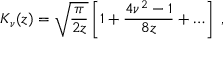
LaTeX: K _ { \nu } ( z ) = \sqrt { \frac { \pi } { 2 z } } \left[ 1 + \frac { 4 \nu ^ { 2 } - 1 } { 8 z } + \ldots \right] \; ,